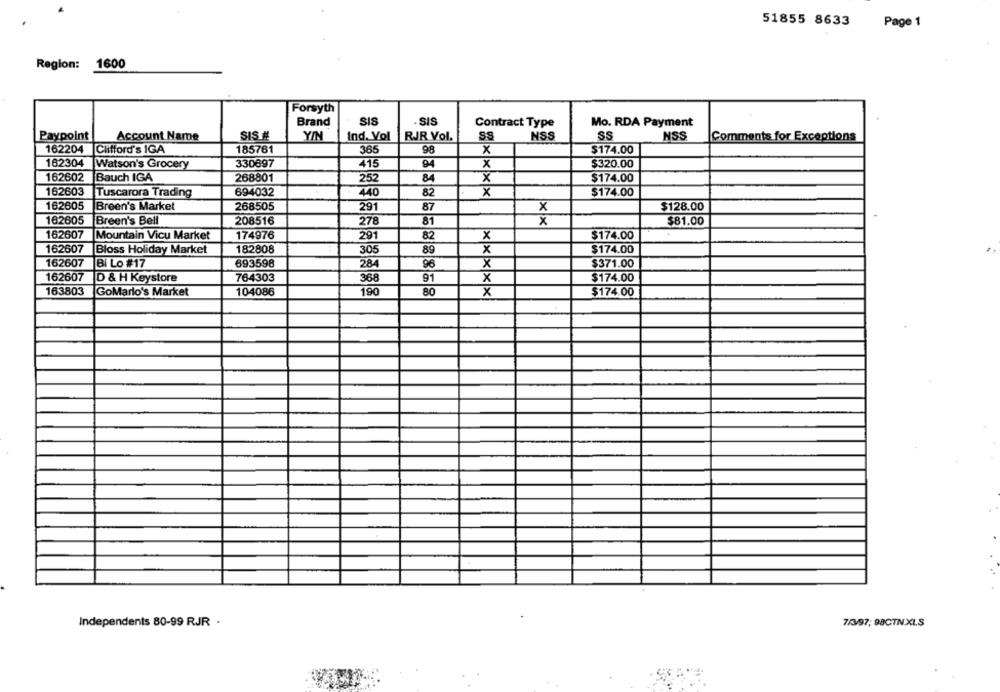
51855 8633
Page 1
Region: 1600
Forsyth
Brand
SIS
SIS
Contract Type
Mo. RDA Payment
Paypoint
Account Name
SIS #
Y/N
Ind. Vol
RJR Vol.
SS
NSS
SS
NSS
Comments for Exceptions
162204
Clifford's IGA
185761
365
98
x
$174.00
162304
Watson's Grocery
330697
415
94
x
$320.00
162602
Bauch IGA
268801
252
84
x
$174.00
162603
Tuscarora Trading
694032
440
82
X
$174.00
162605
Breen's Market
268505
291
87
x
$128.00
162605
Breen's Bell
208516
278
81
x
$81.00
162607
174976
291
Mountain Vicu Market
82
X
$174.00
162607
X
$174.00
Bloss Holiday Market
182808
305
89
162607
BI Lo #17
693598
$371.00
284
96
162607
D & H Keystore
764303
368
91
x
$174.00
163803
GoMario's Market
104086
190
80
$174.00
Independents 80-99 RJR .
7/3/97, 98CTN.XLS